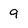
Character: 9